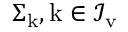
\Sigma _ { \mathrm { k } } , \mathrm { k } \in \mathcal { I } _ { \mathrm v }